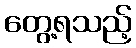
တွေ့ရသည့်